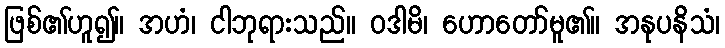
ဖြစ်၏ဟူ၍။ အဟံ၊ ငါဘုရားသည်။ ဝဒါမိ၊ ဟောတော်မူ၏။ အနုပနိသံ၊